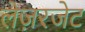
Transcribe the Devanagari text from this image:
लेज़रजेट